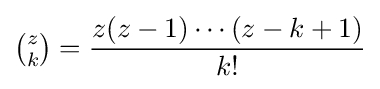
{\tbinom {z}{k}}={\frac {z(z-1)\cdots (z-k+1)}{k!}}